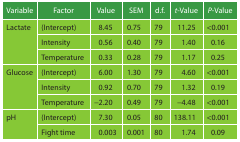
| Variable | Factor | Value | SEM | d.f. | t-Value | P-Value |
 | --- | --- | --- | --- | --- | --- | --- |
 | Lactate | (Intercept) | 8.45 | 0.75 | 79 | 11.25 | <0.001 |
 |  | Intensity | 0.56 | 0.40 | 79 | 1.40 | 0.16 |
 |  | Temperature | 0.33 | 0.28 | 79 | 1.17 | 0.25 |
 | Glucose | (Intercept) | 6.00 | 1.30 | 79 | 4.60 | <0.001 |
 |  | Intensity | 0.92 | 0.70 | 79 | 1.32 | 0.19 |
 |  | Temperature | −2.20 | 0.49 | 79 | −4.48 | <0.001 |
 | pH | (Intercept) | 7.30 | 0.05 | 80 | 138.11 | <0.001 |
 |  | Fight time | 0.003 | 0.001 | 80 | 1.74 | 0.09 |